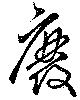
廢